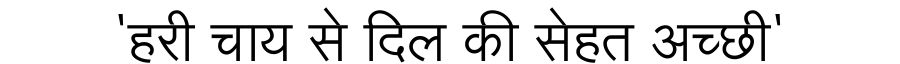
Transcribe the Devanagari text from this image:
'हरी चाय से दिल की सेहत अच्छी'